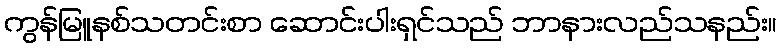
ကွန်မြူနစ်သတင်းစာ ဆောင်းပါးရှင်သည် ဘာနားလည်သနည်း။